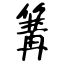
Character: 篝